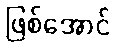
ဖြစ်အောင်